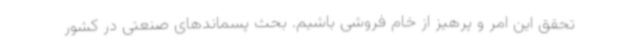
تحقق این امر و پرهیز از خام فروشی باشیم. بحث پسماندهای صنعتی در کشور